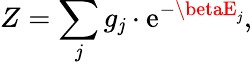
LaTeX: Z=\sum_{\mathit{j}}g_{\mathit{j}}\cdot\mathrm{{e}}^{-\betaE_{\mathit{j}}},